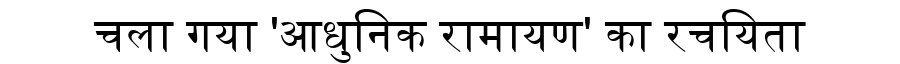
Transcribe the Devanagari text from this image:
चला गया 'आधुनिक रामायण' का रचयिता